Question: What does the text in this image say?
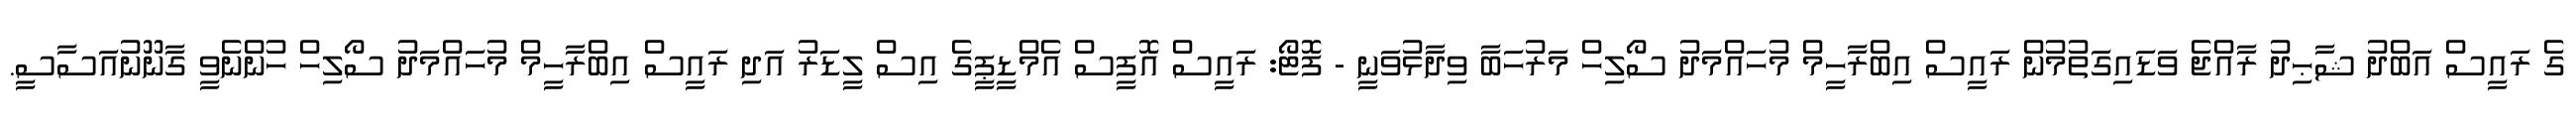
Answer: ގެ ރައީސް އަބްދު ޝާޙިދު ރާއްޖެ ވަޑައިގަތުމުން ރައީސް އިބްރާހީމް މުހައްމަދު ސޯލިހް މަރުހަބާ ވިދާޅުވަނީ - ފޮޓޯ: ރައީސް އޮފީސް އެމްޑީޕީގެ އިސް ލީޑަރު އަދި ރައީސް އިބްރާހީމް މުހައްމަދު ސޯލިހް ހުންނެވީ ގާނޫނުއަސާސީ.